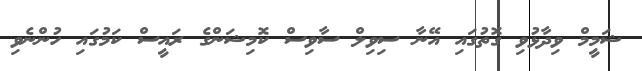
ޝަމީމް ވިދާޅުވި ގޮތުގައި އޭނާ ސިވިލް ސާވިސް ކޮމިޝަންގެ ރައީސް ކަމުގައި ހުންނެވި